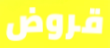
قروض